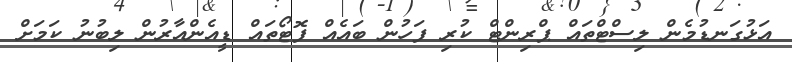
އަޅުގަނޑުމެން ލިސްޓްތައް ޕްރިންޓް ކުރި ފަހުން ބައެއް ފޮޓޯތައް ޑީއެންއާރުން ލިބުނު ކަމަށް